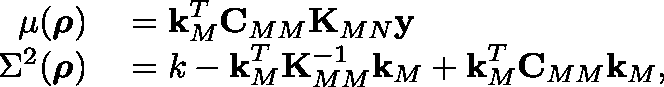
\centering \begin{array} { r l } { \mu ( \boldsymbol { \mathbf { \rho } } ) } & { { } = \boldsymbol { \mathbf { k } } _ { M } ^ { T } \boldsymbol { \mathbf { C } } _ { M M } \boldsymbol { \mathbf { K } } _ { M N } \boldsymbol { \mathbf { y } } } \\ { \Sigma ^ { 2 } ( \boldsymbol { \mathbf { \rho } } ) } & { { } = k - \boldsymbol { \mathbf { k } } _ { M } ^ { T } \boldsymbol { \mathbf { K } } _ { M M } ^ { - 1 } \boldsymbol { \mathbf { k } } _ { M } + \boldsymbol { \mathbf { k } } _ { M } ^ { T } \boldsymbol { \mathbf { C } } _ { M M } \boldsymbol { \mathbf { k } } _ { M } , } \end{array}